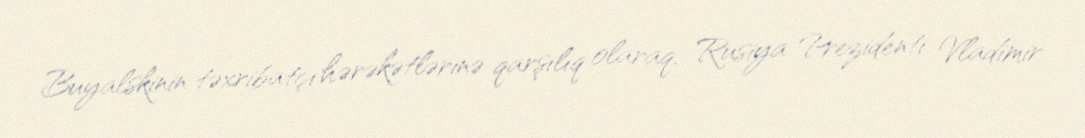
Buyalskinin təxribatçı hərəkətlərinə qarşılıq olaraq, Rusiya Prezidenti Vladimir